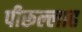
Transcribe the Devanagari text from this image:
पीरूल्लाह